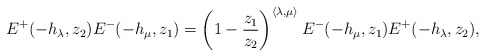
\begin{align*}E^{+}(-h_{\lambda},z_{2}) E^{-}(-h_{\mu},z_{1}) = \left(1-\frac{z_{1}}{z_{2}}\right)^{\langle \lambda , \mu \rangle}E^{-}(-h_{\mu},z_{1}) E^{+}(-h_{\lambda},z_{2}) , \end{align*}